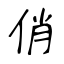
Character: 俏